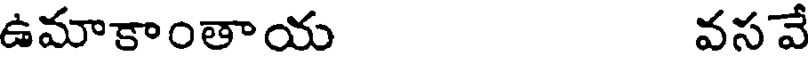
ఉమాకాంతాయ వసవే